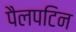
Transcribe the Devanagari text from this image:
पैलपटिन